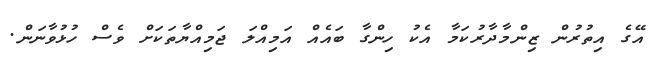
އޭގެ އިތުރުން ޒިންމާދާރުކަމާ އެކު ހިންގާ ބައެއް އަމިއްލަ ޖަމިއްޔާތަކަށް ވެސް ހުޅުވާނަން.